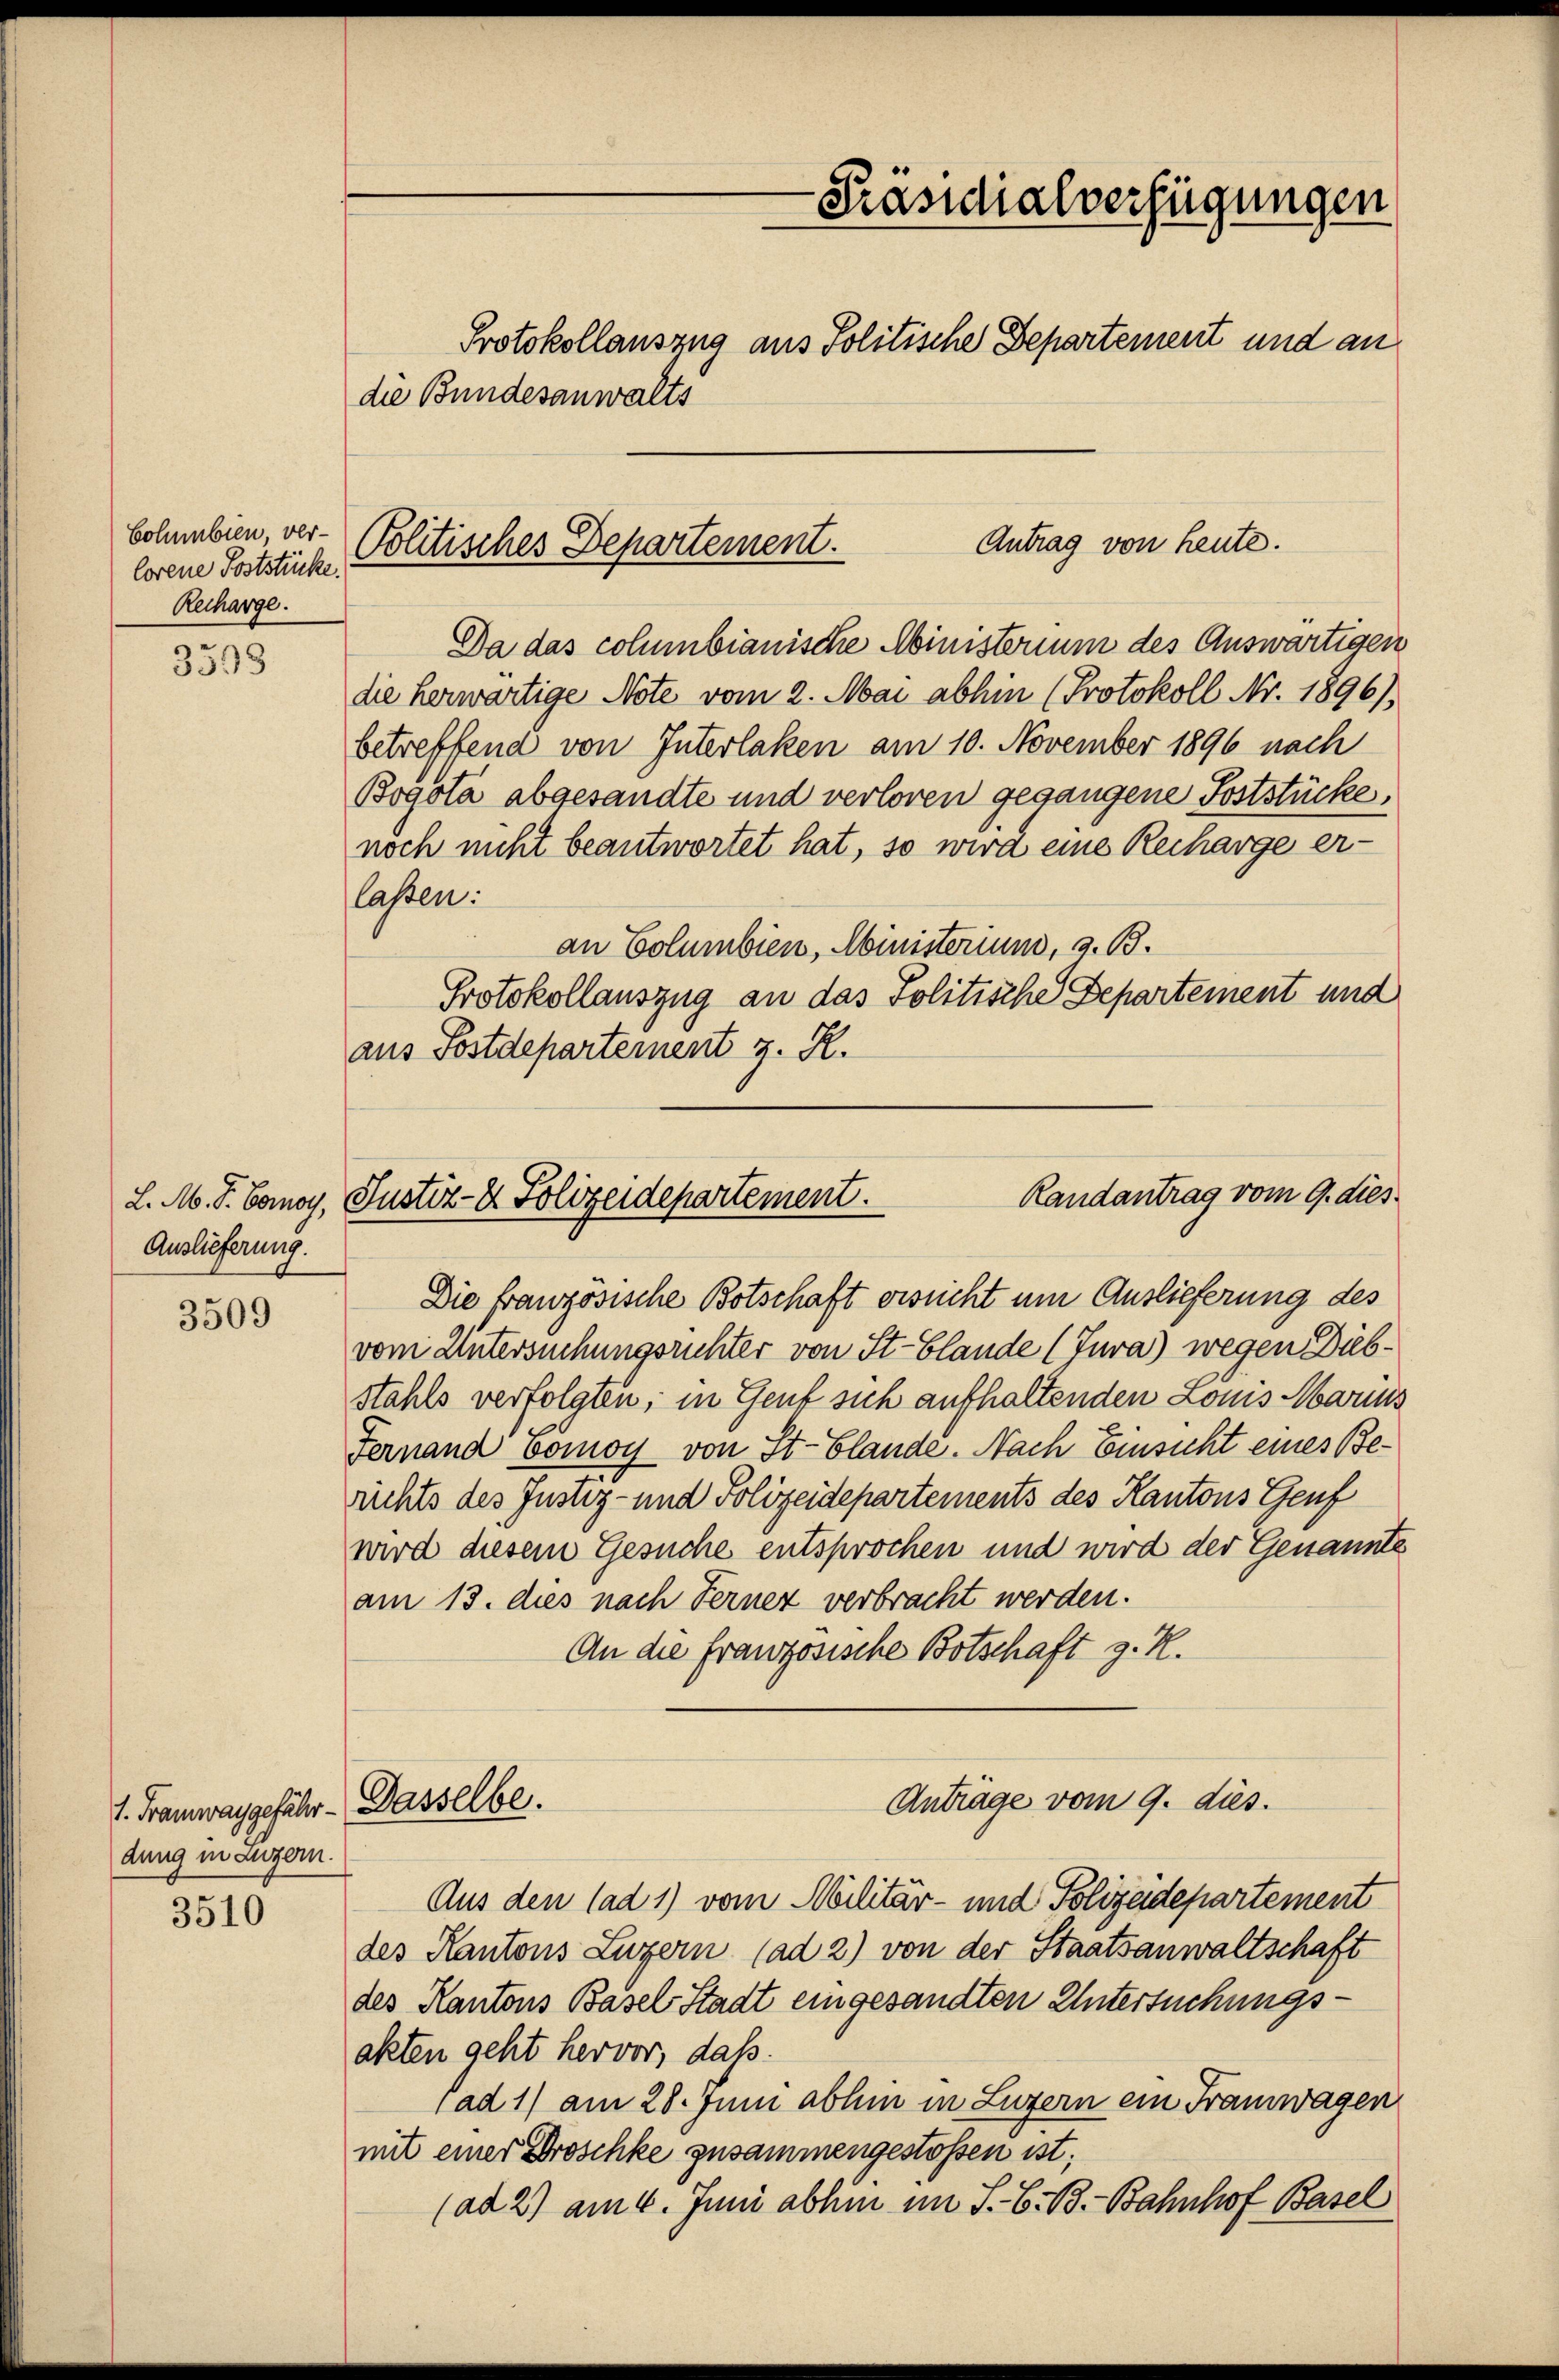
Columbien, ver-
lorene Poststücke.
Recharge.

3398

Auslieferung.

3509

1. Framwaygefähr
dung in Luzern.

3510

Präsidialverfügungen
Protokollauszug aus Politische Departement und an
die Bundesanwalts

Antrag von heute.
Politisches Departement.

Da das columbianische Ministerium des Auswärtigen
die herwärtige Note vom 2. Mai abhin (Protokoll Nr. 1896),
betreffend von Interlaken am 10. November 1896 nach
Bogota abgesandte und verloren gegangene Poststückes,
noch nicht beantwortet hat, so wird eine Recharge er-
lassen:
an Columbien, Ministerium, z. B.
Protokollauszug an das Politische Departement und
aus Postdepartement z. R.

Randantrag vom 9. dies
L. M. D. Comoy, Justiz- & Polizeidepartement.

Die französische Botschaft ersucht um Auslieferung des
vom Untersuchungsrichter von St-blande (Jura) wegen Diebstahls verfolgten; in Gent sich aufhaltenden Lois Maris
Fernand Comoy von St. Glande. Nach Einsicht eines Berichts des Justiz- und Polizeidepartements des Kantons Genf
wird diesem Gesuche entsprochen und wird der Genannte
am 13. dies nach Fernez verbracht werden.
An die Französische Botschaft z. R.

Dasselbe.

Aus den (ad 1) vom Militär- und Polizeidepartement
des Kantons Luzern (ad 2) von der Staatsanwaltschaft
des Kantons Basel Stadt eingesandten Untersuchungsakten geht hervor, dass
(ad 1) am 28. Juni abhin in Luzern ein Frauwagen
mit einer Broschke zusammengestossen ist;
(ad 2) am 4. Juni abhin im S. B. B. Bahnhof Basel

Anträge vom 9. dies.